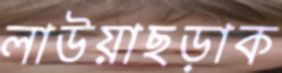
লাউয়াছড়াক